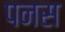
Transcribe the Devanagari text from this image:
पनस